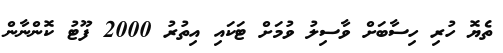
ތެޔޮ ހުރި ހިސާބަށް ވާސިލު ވުމަށް ޓަކައި އިތުރު 2000 ފޫޓު ކޮންނާން